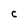
Character: C